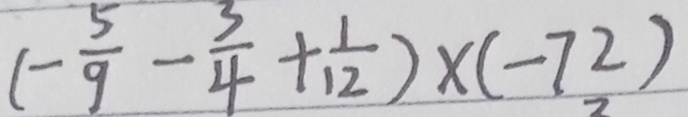
( - \frac { 5 } { 9 } - \frac { 3 } { 4 } + \frac { 1 } { 1 2 } ) \times ( - 7 2 )